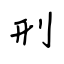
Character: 刑